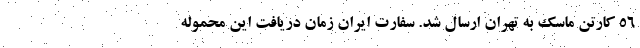
۵۶ کارتن ماسک به تهران ارسال شد. سفارت ایران زمان دریافت این محموله